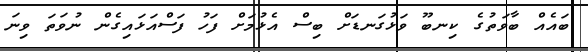
ބައެއް ބާވަތުގެ ކިނބޫ ވަޅުގަނޑަށް ބިސް އެޅުމަށް ފަހު ފަސްއަޅައިގެން ނުވަތަ ވިނަ